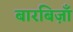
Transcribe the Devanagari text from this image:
बारबिज़ाँ